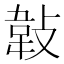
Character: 𢾁